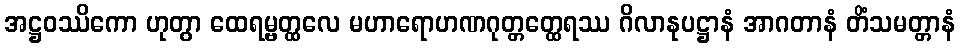
အဋ္ဌဝဿိကော ဟုတွာ ထေရမ္ဗတ္ထလေ မဟာရောဟဏဂုတ္တတ္ထေရဿ ဂိလာနုပဋ္ဌာနံ အာဂတာနံ တိံသမတ္တာနံ